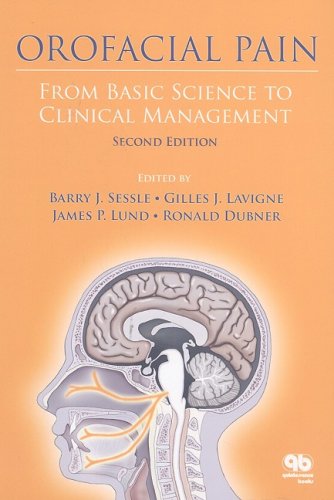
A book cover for Orofacial Pain From Basic Science to Clinical Management: The Transfer of Knowledge in Pain Research to Education; Barry J. Sessle; Medical Books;